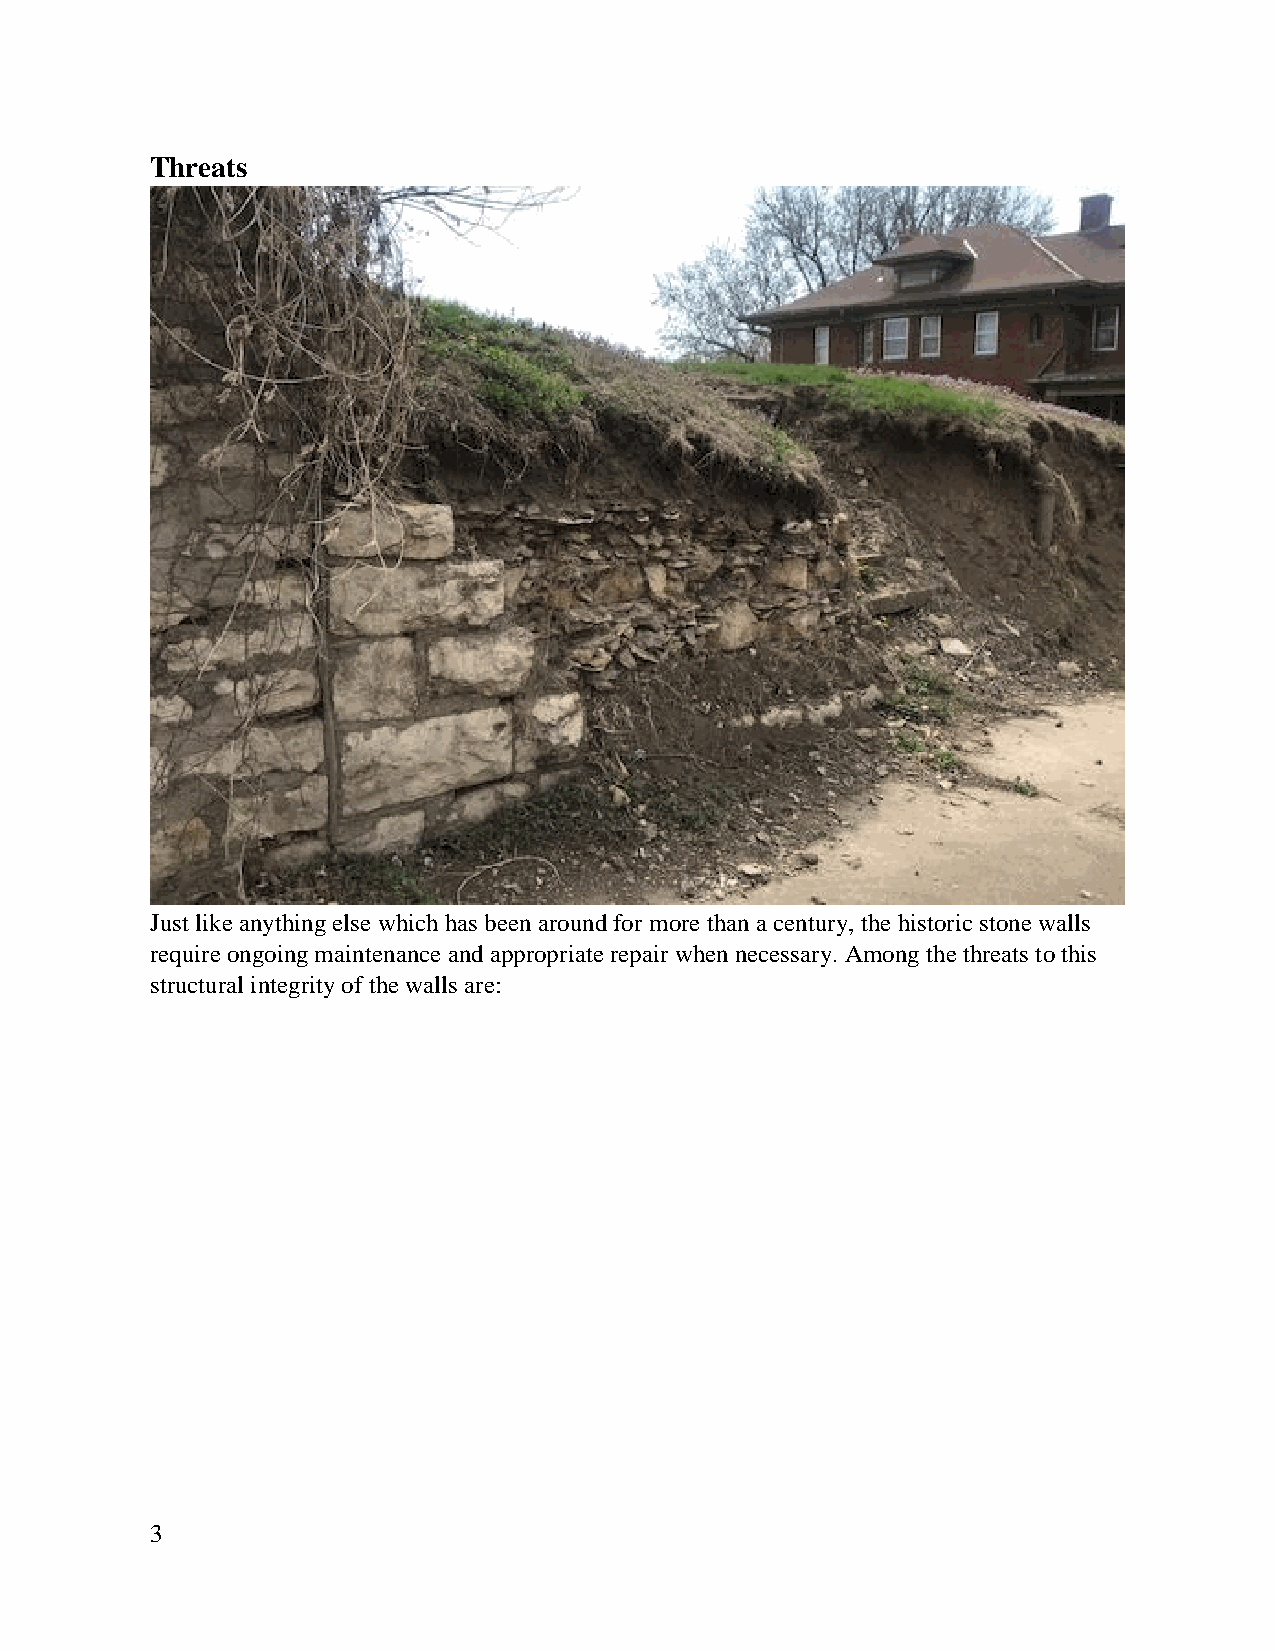
Threats
 Just like anything else which has been around for more than a century, the historic stone walls
 require ongoing maintenance and appropriate repair when necessary. Among the threats to this
 structural integrity of the walls are:
 3